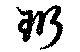
珩